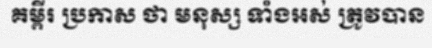
គម្ពីរ ប្រកាស ថា មនុស្ស ទាំងអស់ ត្រូវបាន